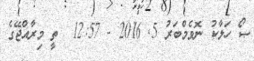
ޞޯ ހަލާކު ނޮވެމްބަރު 5